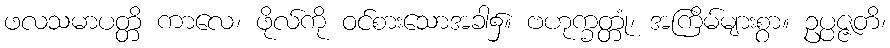
ဖလသမာပတ္တိ ကာလေ၊ ဖိုလ်ကို ဝင်စားသောအခါ၌။ ဗဟုက္ခတ္တုံ၊ အကြိမ်များစွာ။ ဥပ္ပဇ္ဇတိ၊